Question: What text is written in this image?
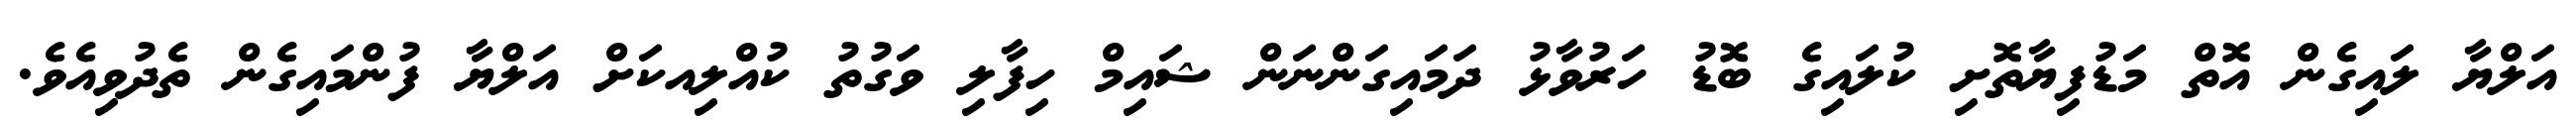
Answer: އަލްޔާ ލައިގެން އޮތް މަޑުފިޔާތޮށި ކުލައިގެ ބޮޑު ހަރުވާޅު ދަމައިގަންނަން ޝައިމް ހިފާލި ވަގުތު ކުއްލިއކަށް އަލްޔާ ފުންމައިގެން ތެދުވިއެވެ.